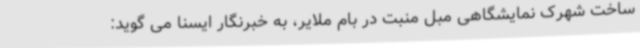
ساخت شهرک نمایشگاهی مبل منبت در بام ملایر، به خبرنگار ایسنا می گوید: